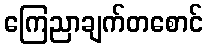
ကြေညာချက်တစောင်